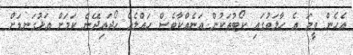
އެހެން ވީމަ އެ ހާލަތުގައި ކޯޓުތަކުން އަނެއްކާވެސް ހައްލެއް ހޯދައިދޭނެ ކަމަށް އަޅުގަނޑަށް